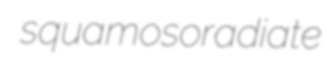
squamosoradiate